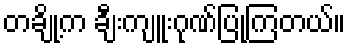
တချို့က ချီးကျူးဂုဏ်ပြုကြတယ်။